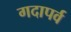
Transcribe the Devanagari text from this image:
गदापर्व